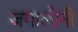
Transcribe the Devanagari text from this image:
जगालोनी